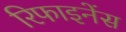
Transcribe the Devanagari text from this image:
रिफाइनेंस